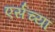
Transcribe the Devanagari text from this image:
एर्सच्या